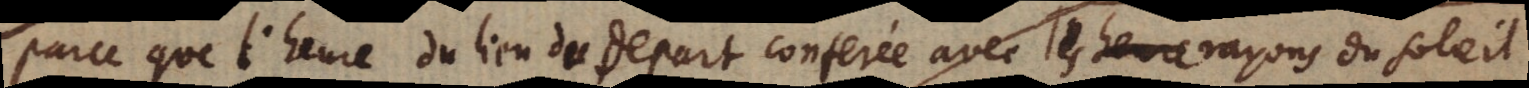
parce que l’heure du lieu du départ conferée avec les heure rayons du soleil